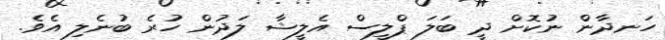
ހަނދާން ނުކޮށް ދީ ބަލަ ޕްލީސް އެލީޝާ ލަދުން ހުރެ ބުނެލި އެވެ.